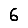
Digit: 6